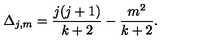
\Delta _ { j , m } = \frac { j ( j + 1 ) } { k + 2 } - \frac { m ^ { 2 } } { k + 2 } .